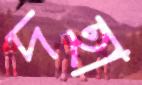
দহা